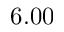
6 . 0 0